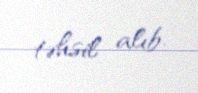
təhsil alıb.